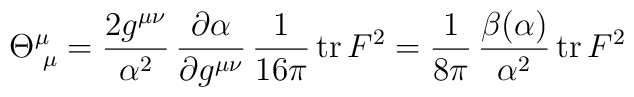
\Theta^{\mu}_{\hskip1mm\mu}=\frac{2g^{\mu\nu}}{\alpha^2}\,\frac{\partial\alpha}{\partial g^{\mu\nu}}\,\frac{1}{16\pi}\,{\rm tr}\,F^2=\frac{1}{8\pi}\,\frac{\beta(\alpha)}{\alpha^2}\,{\rm tr}\,F^2